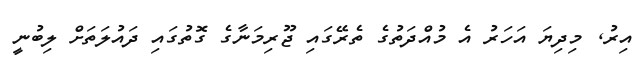
އިރު